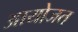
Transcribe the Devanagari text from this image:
आयोजत